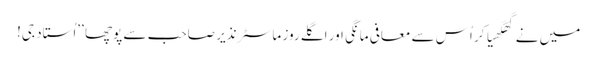
میں نے گھگھیا کر اُس سے معافی مانگی اور اگلے روز ماسٹر نذیر صاحب سے پوچھا ’’اُستاد جی!